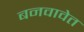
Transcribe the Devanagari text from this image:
बनवावेत